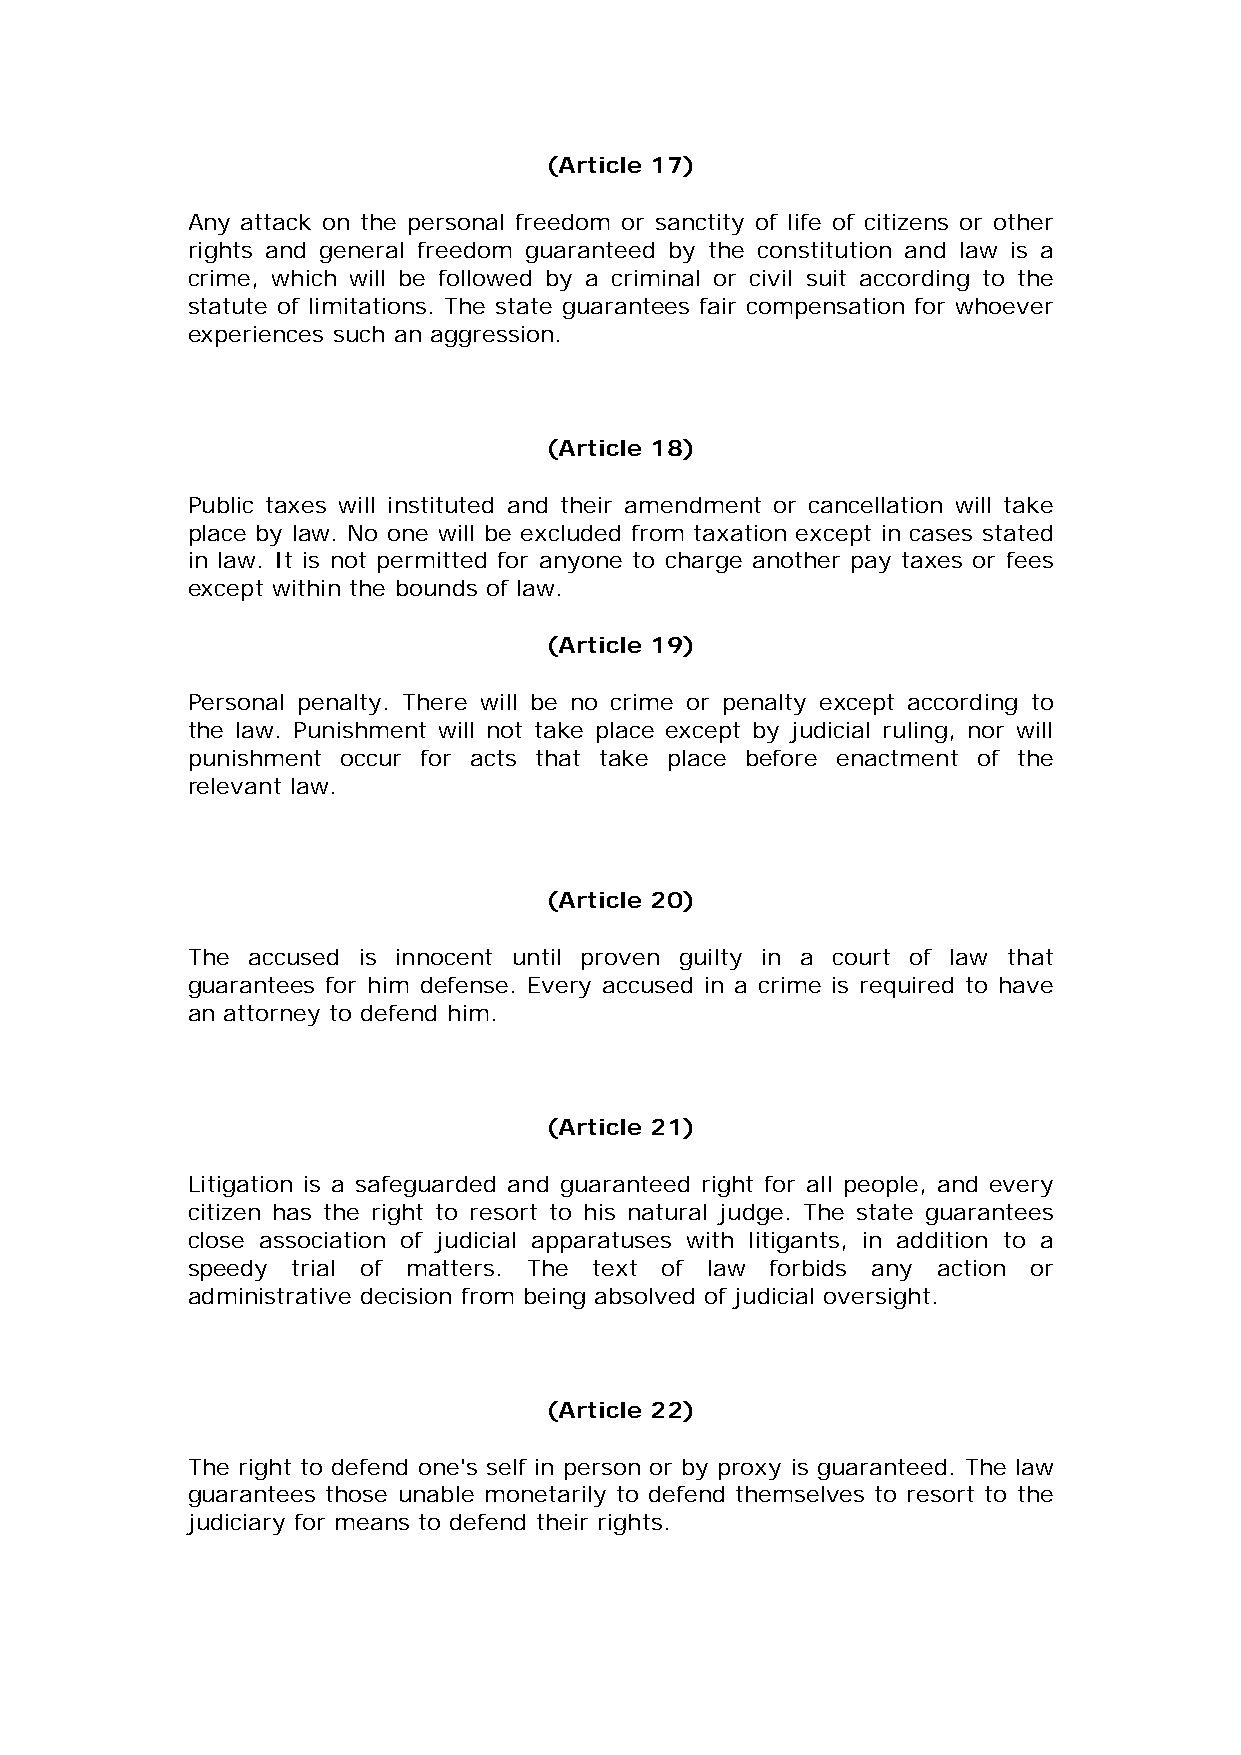
(Article 17)
 Any attack on the personal freedom or sanctity of life of citizens or other
 rights and general freedom guaranteed by the constitution and law is a
 crime, which will be followed by a criminal or civil suit according to the
 statute of limitations. The state guarantees fair compensation for whoever
 experiences such an aggression.
 (Article 18)
 Public taxes will instituted and their amendment or cancellation will take
 place by law. No one will be excluded from taxation except in cases stated
 in law. It is not permitted for anyone to charge another pay taxes or fees
 except within the bounds of law.
 (Article 19)
 Personal penalty. There will be no crime or penalty except according to
 the law. Punishment will not take place except by judicial ruling, nor will
 punishment occur for acts that take place before enactment of the
 relevant law.
 (Article 20)
 The accused is innocent until proven guilty in a court of law that
 guarantees for him defense. Every accused in a crime is required to have
 an attorney to defend him.
 (Article 21)
 Litigation is a safeguarded and guaranteed right for all people, and every
 citizen has the right to resort to his natural judge. The state guarantees
 close association of judicial apparatuses with litigants, in addition to a
 speedy trial of matters. The text of law forbids any action or
 administrative decision from being absolved of judicial oversight.
 (Article 22)
 The right to defend one's self in person or by proxy is guaranteed. The law
 guarantees those unable monetarily to defend themselves to resort to the
 judiciary for means to defend their rights.